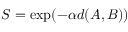
S = \exp ( - \alpha { d ( A , B ) } )